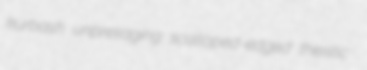
kurbash unpresaging scalloped-edged theistic